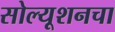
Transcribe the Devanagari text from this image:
सोल्यूशनचा